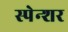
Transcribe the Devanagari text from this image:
स्पेन्शर